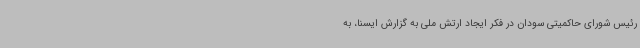
رئیس شورای حاکمیتی سودان در فکر ایجاد ارتش ملی به گزارش ایسنا، به